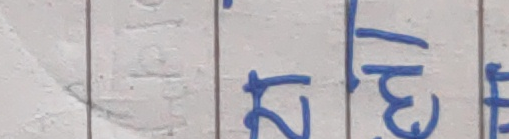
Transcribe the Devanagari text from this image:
२.३१.ह